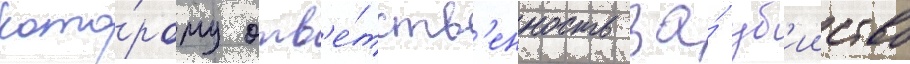
кото́рому отв'е́тств'енность за́ уб'ииство